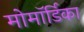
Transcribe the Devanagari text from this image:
मोमॉर्डिका